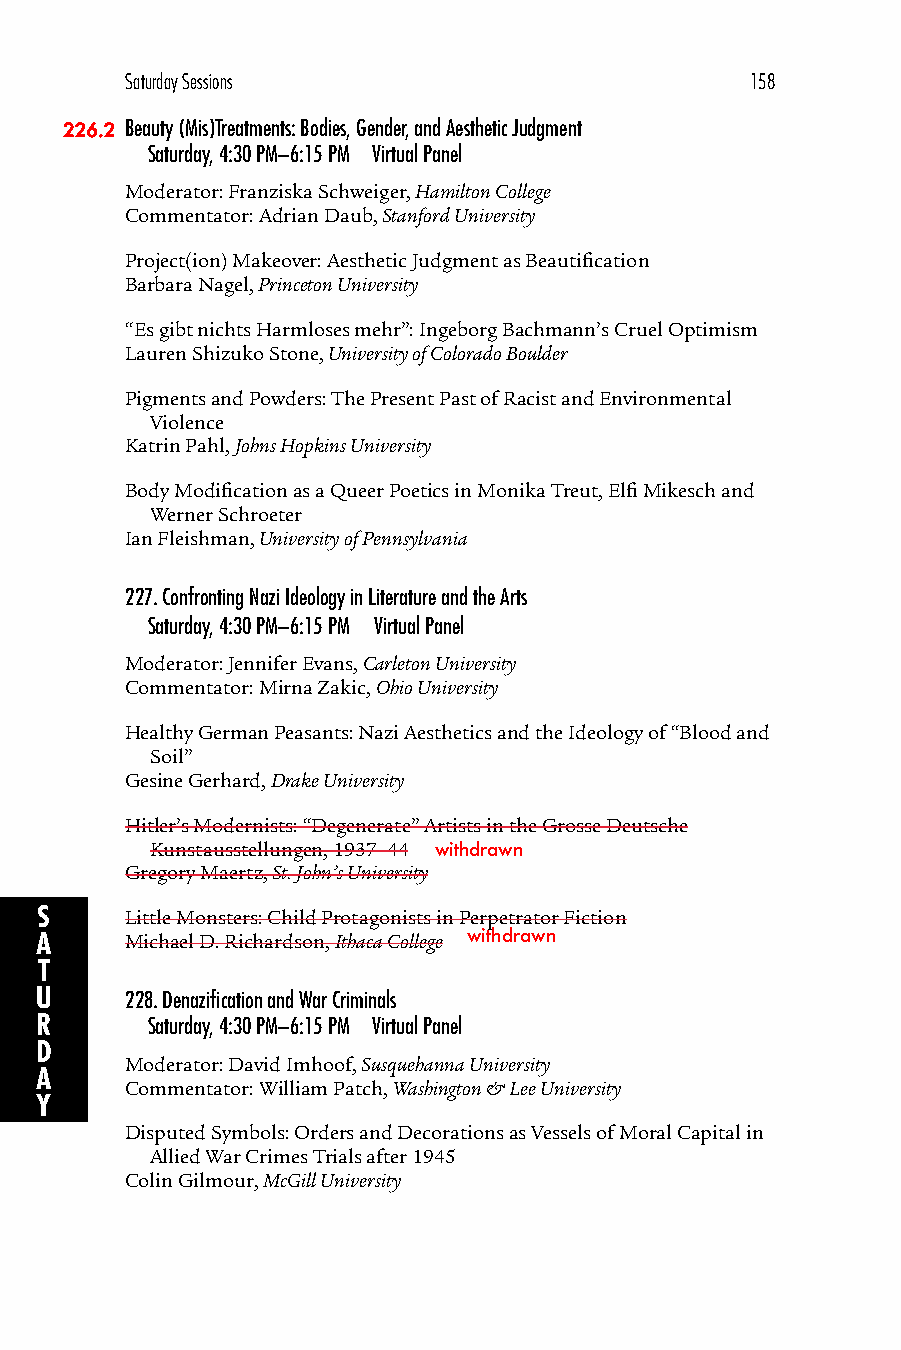
Saturday Sessions                         158
 226.2 Beauty (Mis)Treatments: Bodies, Gender, and Aesthetic Judgment
 Saturday, 4:30 PM–6:15 PM Virtual Panel
 Moderator: Franziska Schweiger, Hamilton College
 Commentator: Adrian Daub, Stanford University
 Project(ion) Makeover: Aesthetic Judgment as Beautification
 Barbara Nagel, Princeton University
 “Es gibt nichts Harmloses mehr”: Ingeborg Bachmann’s Cruel Optimism
 Lauren Shizuko Stone, University of Colorado Boulder
 Pigments and Powders: The Present Past of Racist and Environmental
 Violence
 Katrin Pahl, Johns Hopkins University
 Body Modification as a Queer Poetics in Monika Treut, Elfi Mikesch and
 Werner Schroeter
 Ian Fleishman, University of Pennsylvania
 227.Confronting Nazi Ideology in Literature and the Arts
 Saturday, 4:30 PM–6:15 PM Virtual Panel
 Moderator: Jennifer Evans, Carleton University
 Commentator: Mirna Zakic, Ohio University
 Healthy German Peasants: Nazi Aesthetics and the Ideology of “Blood and
 Soil”
 Gesine Gerhard, Drake University
 Hitler’s Modernists: “Degenerate” Artists in the Grosse Deutsche
 Kunstausstellungen, 1937–44 withdrawn
 Gregory Maertz, St. John’s University
 S     Little Monsters: Child Protagonists in Perpetrator Fiction
 A     Michael D. Richardson, Ithaca College withdrawn
 T
 U     228.Denazification and War Criminals
 R       Saturday, 4:30 PM–6:15 PM Virtual Panel
 D
 Moderator: David Imhoof, Susquehanna University
 A
 Commentator: William Patch, Washington & Lee University
 Y
 Disputed Symbols: Orders and Decorations as Vessels of Moral Capital in
 Allied War Crimes Trials after 1945
 Colin Gilmour, McGill University